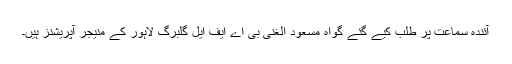
آئندہ سماعت پر طلب کیے گئے گواہ مسعود الغنی بی اے ایف ایل گلبرگ لاہور کے منیجر آپریشنز ہیں۔